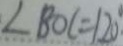
\angle B O C = 1 2 0 ^ { \circ }